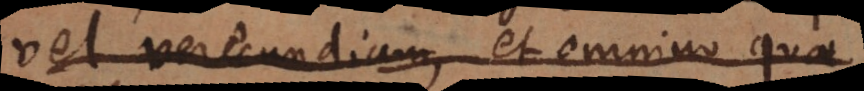
aut verecundiam, et omnino quae